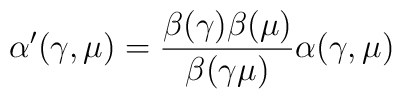
\alpha'(\gamma,\mu) =	{\beta(\gamma)\beta(\mu)\over\beta(\gamma\mu)}	\alpha(\gamma,\mu)